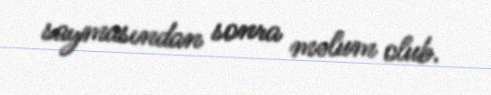
saymasından sonra məlum olub.